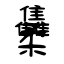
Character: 雧